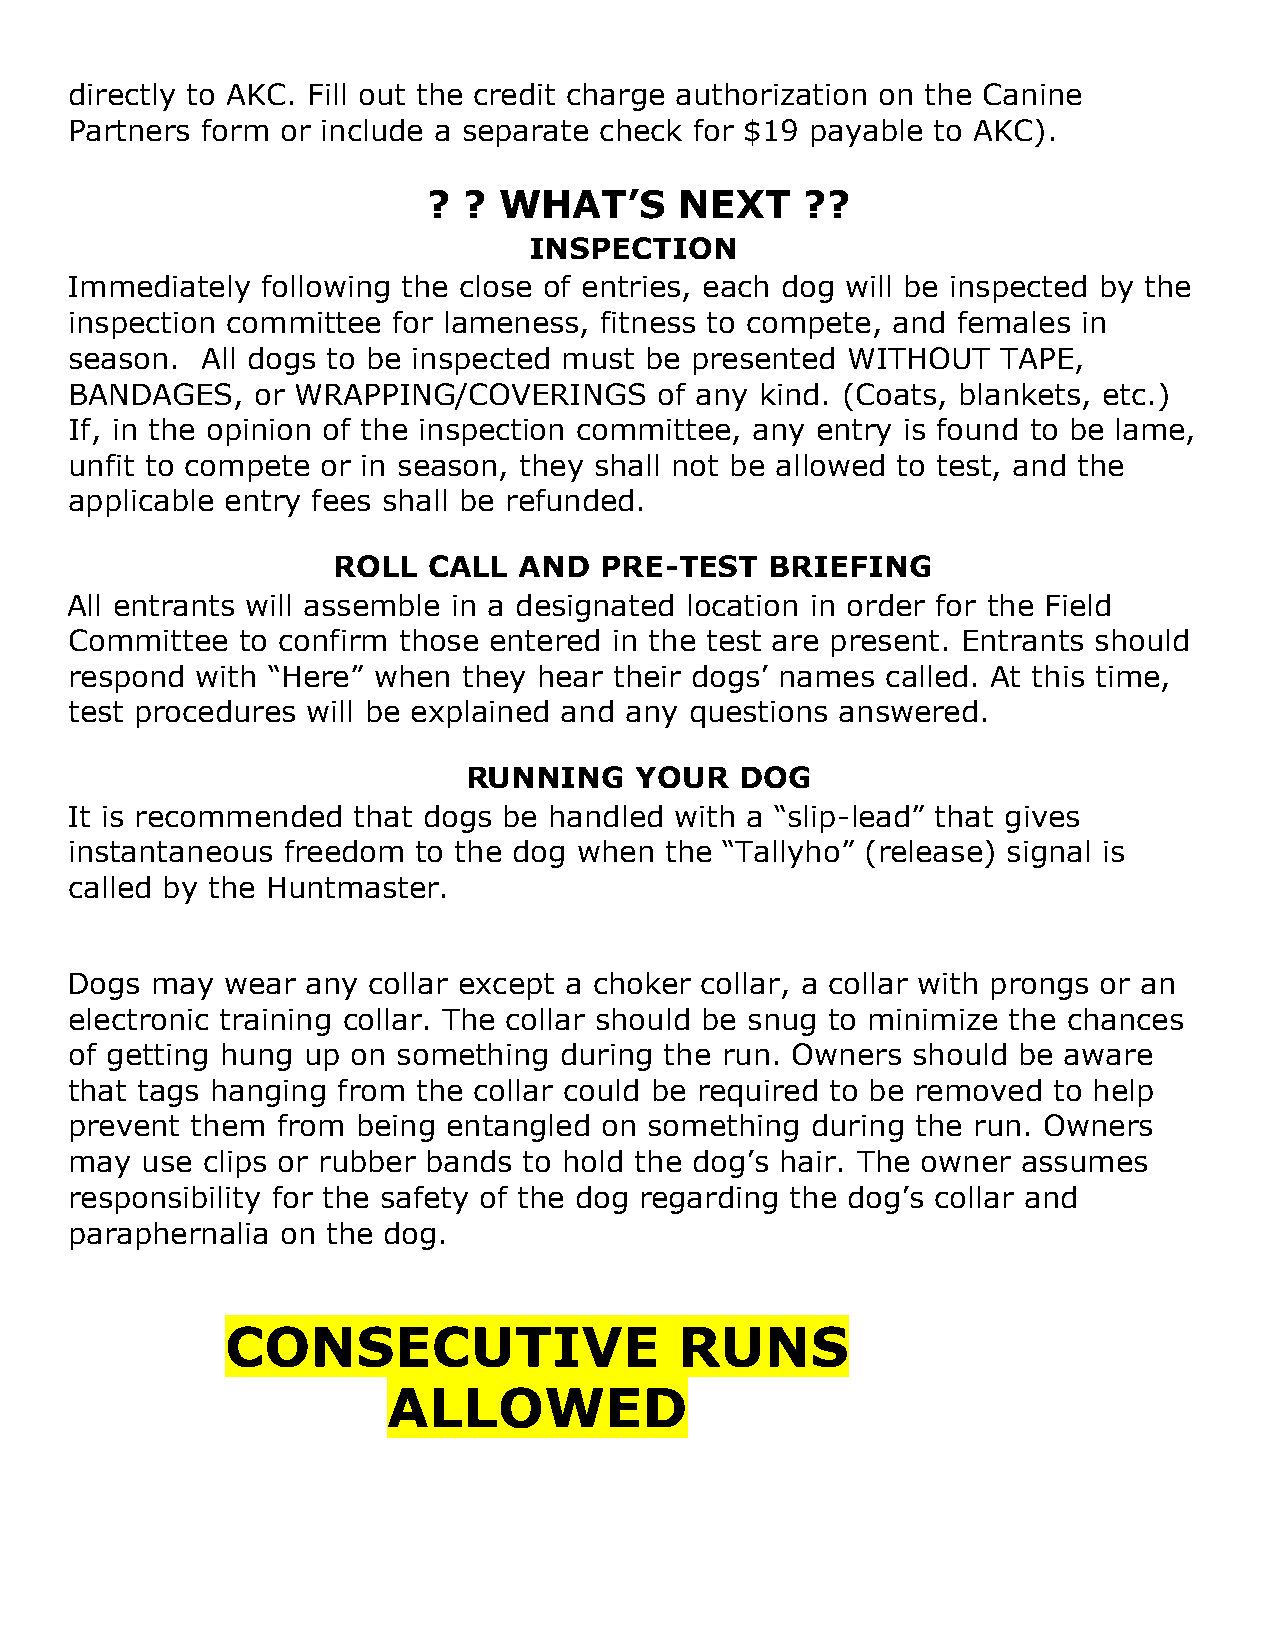
directly to AKC. Fill out the credit charge authorization on the Canine
 Partners form  or include a separate check for $19 payable to AKC).
 ?  ? WHAT’S      NEXT    ??
 INSPECTION
 Immediately  following the close of entries, each dog will be inspected by the
 inspection committee  for lameness, fitness to compete, and females in
 season.  All dogs to be inspected must be presented WITHOUT   TAPE,
 BANDAGES,    or WRAPPING/COVERINGS      of any kind. (Coats, blankets, etc.)
 If, in the opinion of the inspection committee, any entry is found to be lame,
 unfit to compete or in season, they shall not be allowed to test, and the
 applicable entry fees shall be refunded.
 ROLL  CALL  AND   PRE-TEST   BRIEFING
 All entrants will assemble in a designated location in order for the Field
 Committee   to confirm those entered in the test are present. Entrants should
 respond  with “Here” when  they hear their dogs’ names called. At this time,
 test procedures will be explained and any questions answered.
 RUNNING    YOUR   DOG
 It is recommended  that dogs be handled  with a “slip-lead” that gives
 instantaneous  freedom  to the dog when the “Tallyho” (release) signal is
 called by the Huntmaster.
 Dogs  may  wear any collar except a choker collar, a collar with prongs or an
 electronic training collar. The collar should be snug to minimize the chances
 of getting hung up on something  during the run. Owners should be aware
 that tags hanging from  the collar could be required to be removed to help
 prevent  them from  being entangled on something  during the run. Owners
 may  use clips or rubber bands to hold the dog’s hair. The owner assumes
 responsibility for the safety of the dog regarding the dog’s collar and
 paraphernalia  on the dog.
 CONSECUTIVE                   RUNS
 ALLOWED